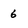
Character: 6